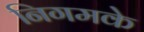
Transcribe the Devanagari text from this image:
निगमके